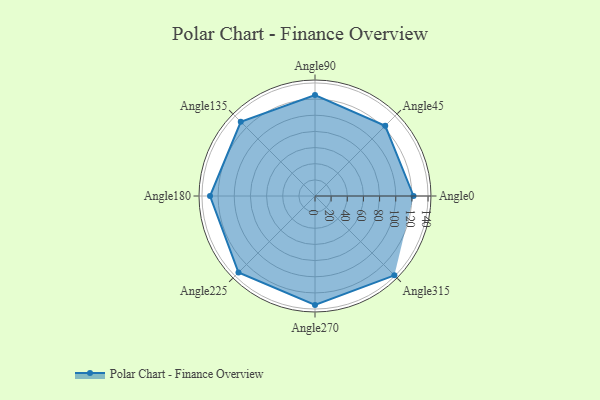
{"axis": {"x": "Angle", "y": "Radius"}, "legend": [""], "data": [{"x": "Angle0", "y": 122.0, "type": ""}, {"x": "Angle45", "y": 123.0, "type": ""}, {"x": "Angle90", "y": 125.0, "type": ""}, {"x": "Angle135", "y": 130.0, "type": ""}, {"x": "Angle180", "y": 130.0, "type": ""}, {"x": "Angle225", "y": 134.0, "type": ""}, {"x": "Angle270", "y": 135.0, "type": ""}, {"x": "Angle315", "y": 139.0, "type": ""}]}